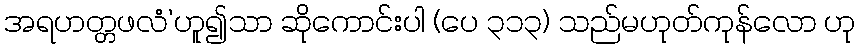
အရဟတ္တဖလံ’ဟူ၍သာ ဆိုကောင်းပါ (ပေ ၃၁၃) သည်မဟုတ်ကုန်လော ဟု